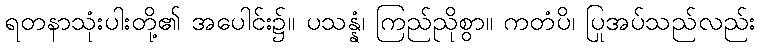
ရတနာသုံးပါးတို့၏ အပေါင်း၌။ ပသန္နံ၊ ကြည်ညိုစွာ။ ကတံပိ၊ ပြုအပ်သည်လည်း